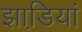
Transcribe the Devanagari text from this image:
झाडि़यां